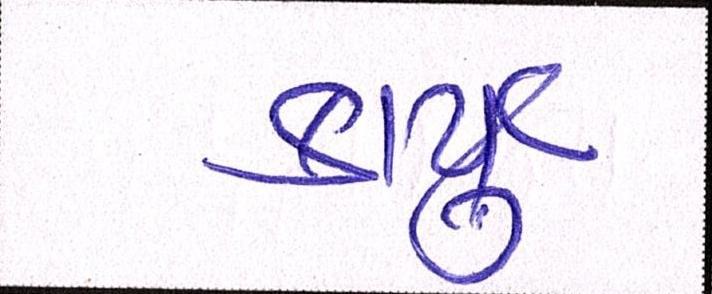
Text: કાર્યું